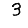
Digit: 3